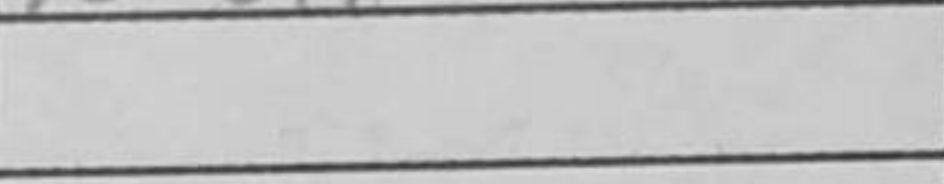
Transcription: Kxh4